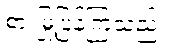
စားမြုံ့ပြန်ကြသည်။